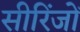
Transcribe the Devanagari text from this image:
सीरिंजों